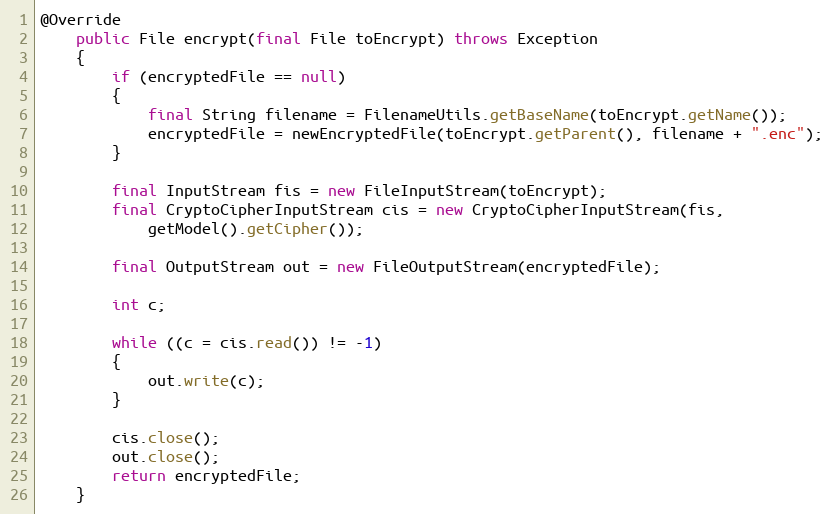
Language: Java
@Override
	public File encrypt(final File toEncrypt) throws Exception
	{
		if (encryptedFile == null)
		{
			final String filename = FilenameUtils.getBaseName(toEncrypt.getName());
			encryptedFile = newEncryptedFile(toEncrypt.getParent(), filename + ".enc");
		}

		final InputStream fis = new FileInputStream(toEncrypt);
		final CryptoCipherInputStream cis = new CryptoCipherInputStream(fis,
			getModel().getCipher());

		final OutputStream out = new FileOutputStream(encryptedFile);

		int c;

		while ((c = cis.read()) != -1)
		{
			out.write(c);
		}

		cis.close();
		out.close();
		return encryptedFile;
	}